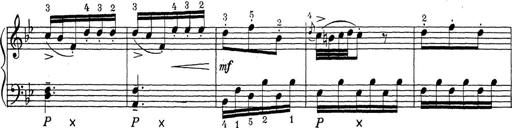
Title: ÄŒeskÃ© Sonatiny
Composer: Various